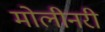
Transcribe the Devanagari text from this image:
मोलीनरी